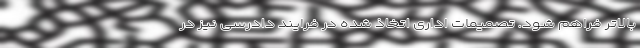
بالاتر فراهم شود. تصمیمات اداری اتخاذ شده در فرایند دادرسی نیز در